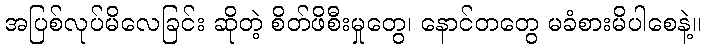
အပြစ်လုပ်မိလေခြင်း ဆိုတဲ့ စိတ်ဖိစီးမှုတွေ၊ နောင်တတွေ မခံစားမိပါစေနဲ့။